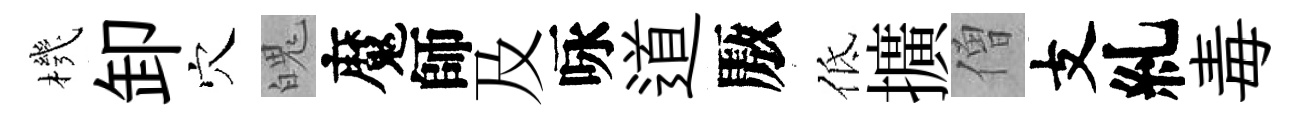
機卸穴魄魔師及咏道厫低擴僧支糺毒